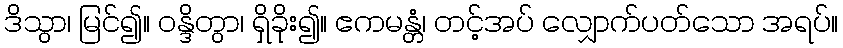
ဒိသွာ၊ မြင်၍။ ဝန္ဒိတွာ၊ ရှိခိုး၍။ ဧကမန္တံ၊ တင့်အပ် လျှောက်ပတ်သော အရပ်။